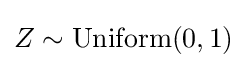
Z\sim \mathrm {Uniform} (0,1)